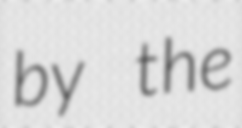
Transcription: by the